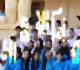
সাওয়ানির